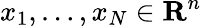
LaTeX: x_{1},\ldots,x_{N}\in\mathbf{R}^{n}